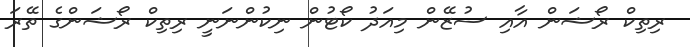
ރިތިކް ރޯޝަން އާއި ސުޒޭން މިއަދު ކޯޓުން ނިކުންނަނީ ރިތިކް ރޯޝަންގެ ތޭރަ